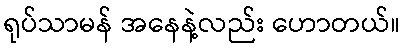
ရုပ်သာမန် အနေနဲ့လည်း ဟောတယ်။